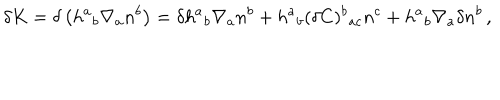
LaTeX: \delta K = \delta \left( h ^ { a } { } _ { b } \nabla _ { a } n ^ { b } \right) = \delta h ^ { a } { } _ { b } \nabla _ { a } n ^ { b } + h ^ { a } { } _ { b } ( \delta C ) ^ { b } { } _ { a c } n ^ { c } + h ^ { a } { } _ { b } \nabla _ { a } \delta n ^ { b } \, ,